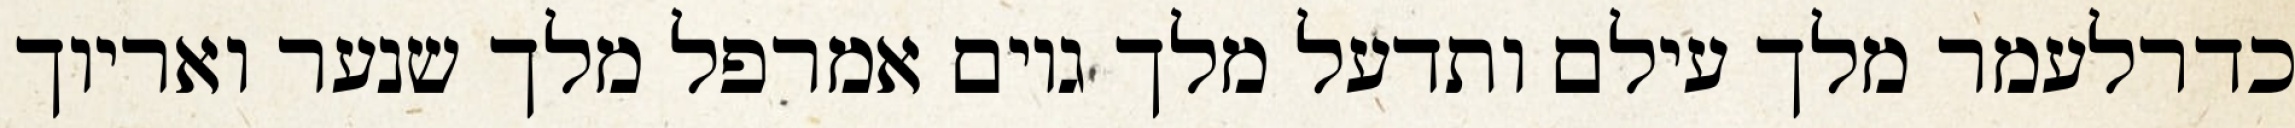
כדרלעמר מלך עילם ותדעל מלך גוים אמרפל מלך שנער ואריוך